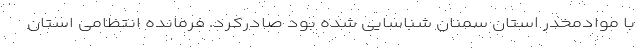
با موادمخدر استان سمنان شناسایی شده بود صادرکرد. فرمانده انتظامی استان